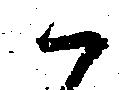
ハ